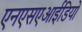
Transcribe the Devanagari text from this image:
एनएसएआईडियों